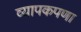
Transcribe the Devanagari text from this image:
व्यापकपणा